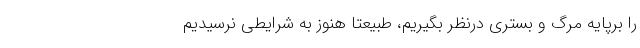
را برپایه مرگ و بستری درنظر بگیریم، طبیعتا هنوز به شرایطی نرسیدیم